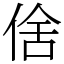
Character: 倽